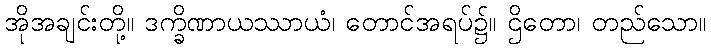
အိုအချင်းတို့။ ဒက္ခိဏာယဿာယံ၊ တောင်အရပ်၌။ ဌိတော၊ တည်သော။